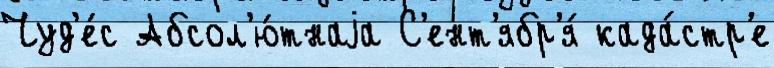
Чуд'е́с Абсол'ю́тнаjа С'ент'ябр'я́ када́стр'е